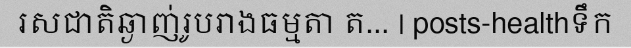
រសជាតិឆ្ងាញ់រូបរាងធម្មតា ត... | posts-healthទឹក